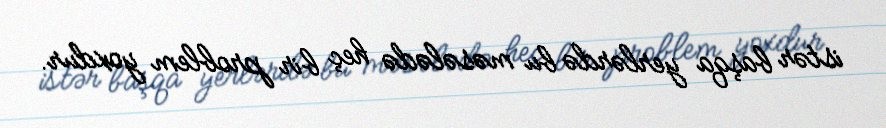
istər başqa yerlərdə bu məsələdə heç bir problem yoxdur.